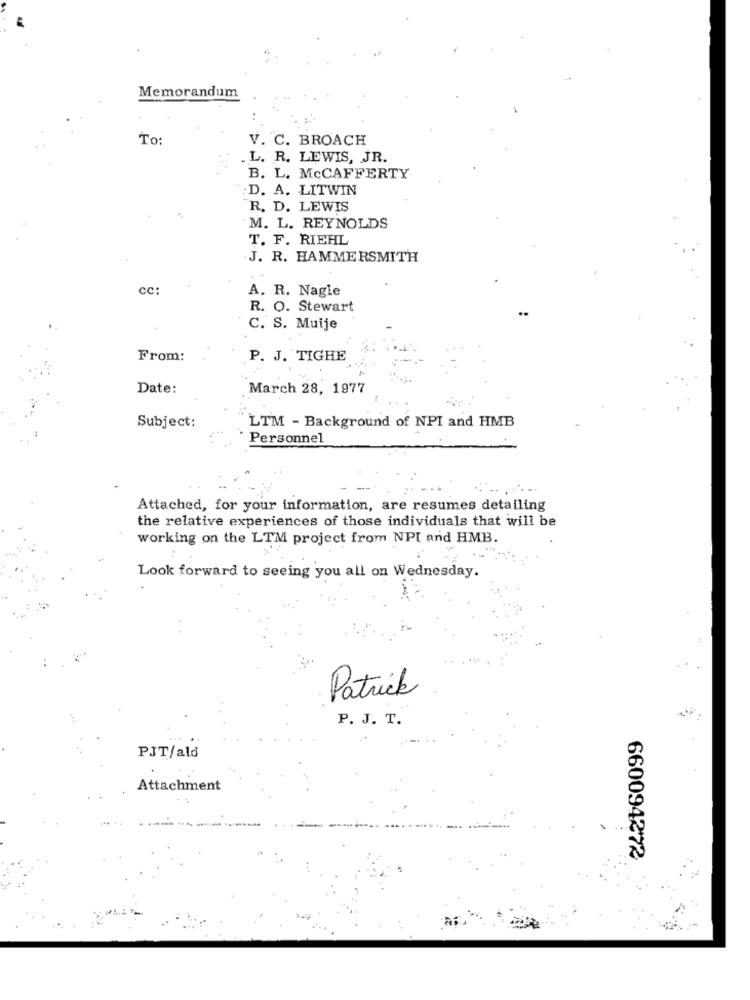
Memorandum
To:
V. C. BROACH
.L. R. LEWIS, JR.
B. L. MCCAFFERTY
:D. A. LITWIN
R. D. LEWIS
M. L. REYNOLDS
T. F. RIEHL
J. R. HAMMERSMITH
cc:
A. R. Nagle
R. O. Stewart
C. S. Muije
From:
P. J. TIGHE
Date:
March 28, 1977
LTM - Background of NPI and HMB
Subject:
Personnel
Attached, for your information, are resumes detailing
the relative experiences of those individuals that will be
working on the LTM project from NPI and HMB.
Look forward to seeing you all on Wednesday.
Patrick
P. J. T.
PIT/ald
Attachment
660094272